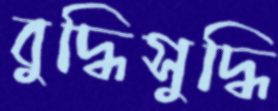
বুদ্ধিসুদ্ধি